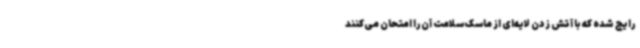
رایج شده که با آتش زدن لایه‌ای از ماسک سلامت آن را امتحان می‌کنند